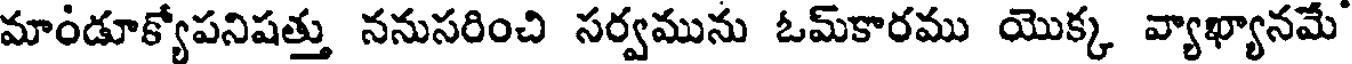
మాండూక్యోపనిషత్తు ననుసరించి సర్వమును ఓమ్కారము యొక్క వ్యాఖ్యానమే